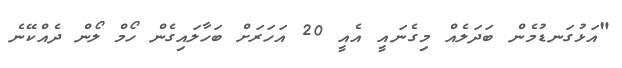
"އަޅުގަނޑުމެން ބަދަލެއް މިގެނައީ އެއީ 20 އަހަރަށް ބަހާލައިގެން ހޯމް ލޯން ދެއްކޭނެ